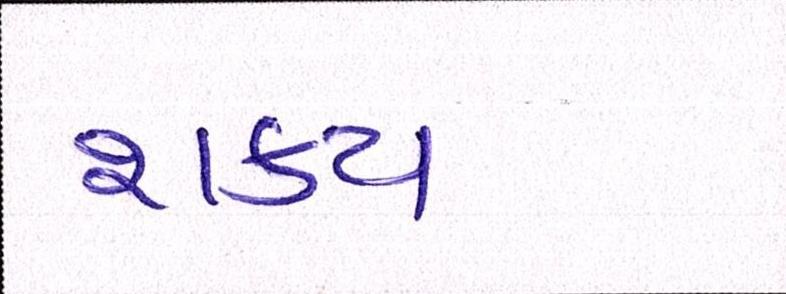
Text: શક્ય